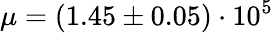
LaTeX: \mu=(1.45\pm 0.05)\cdot 10^{5}